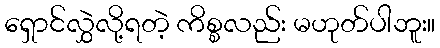
ရှောင်လွှဲလို့ရတဲ့ ကိစ္စလည်း မဟုတ်ပါဘူး။